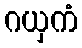
ဂယှကံ